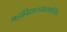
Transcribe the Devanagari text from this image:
महाविद्यालयासमोरील